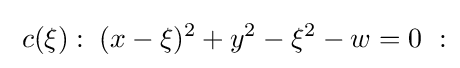
\;c(\xi ):\;(x-\xi )^{2}+y^{2}-\xi ^{2}-w=0\ :